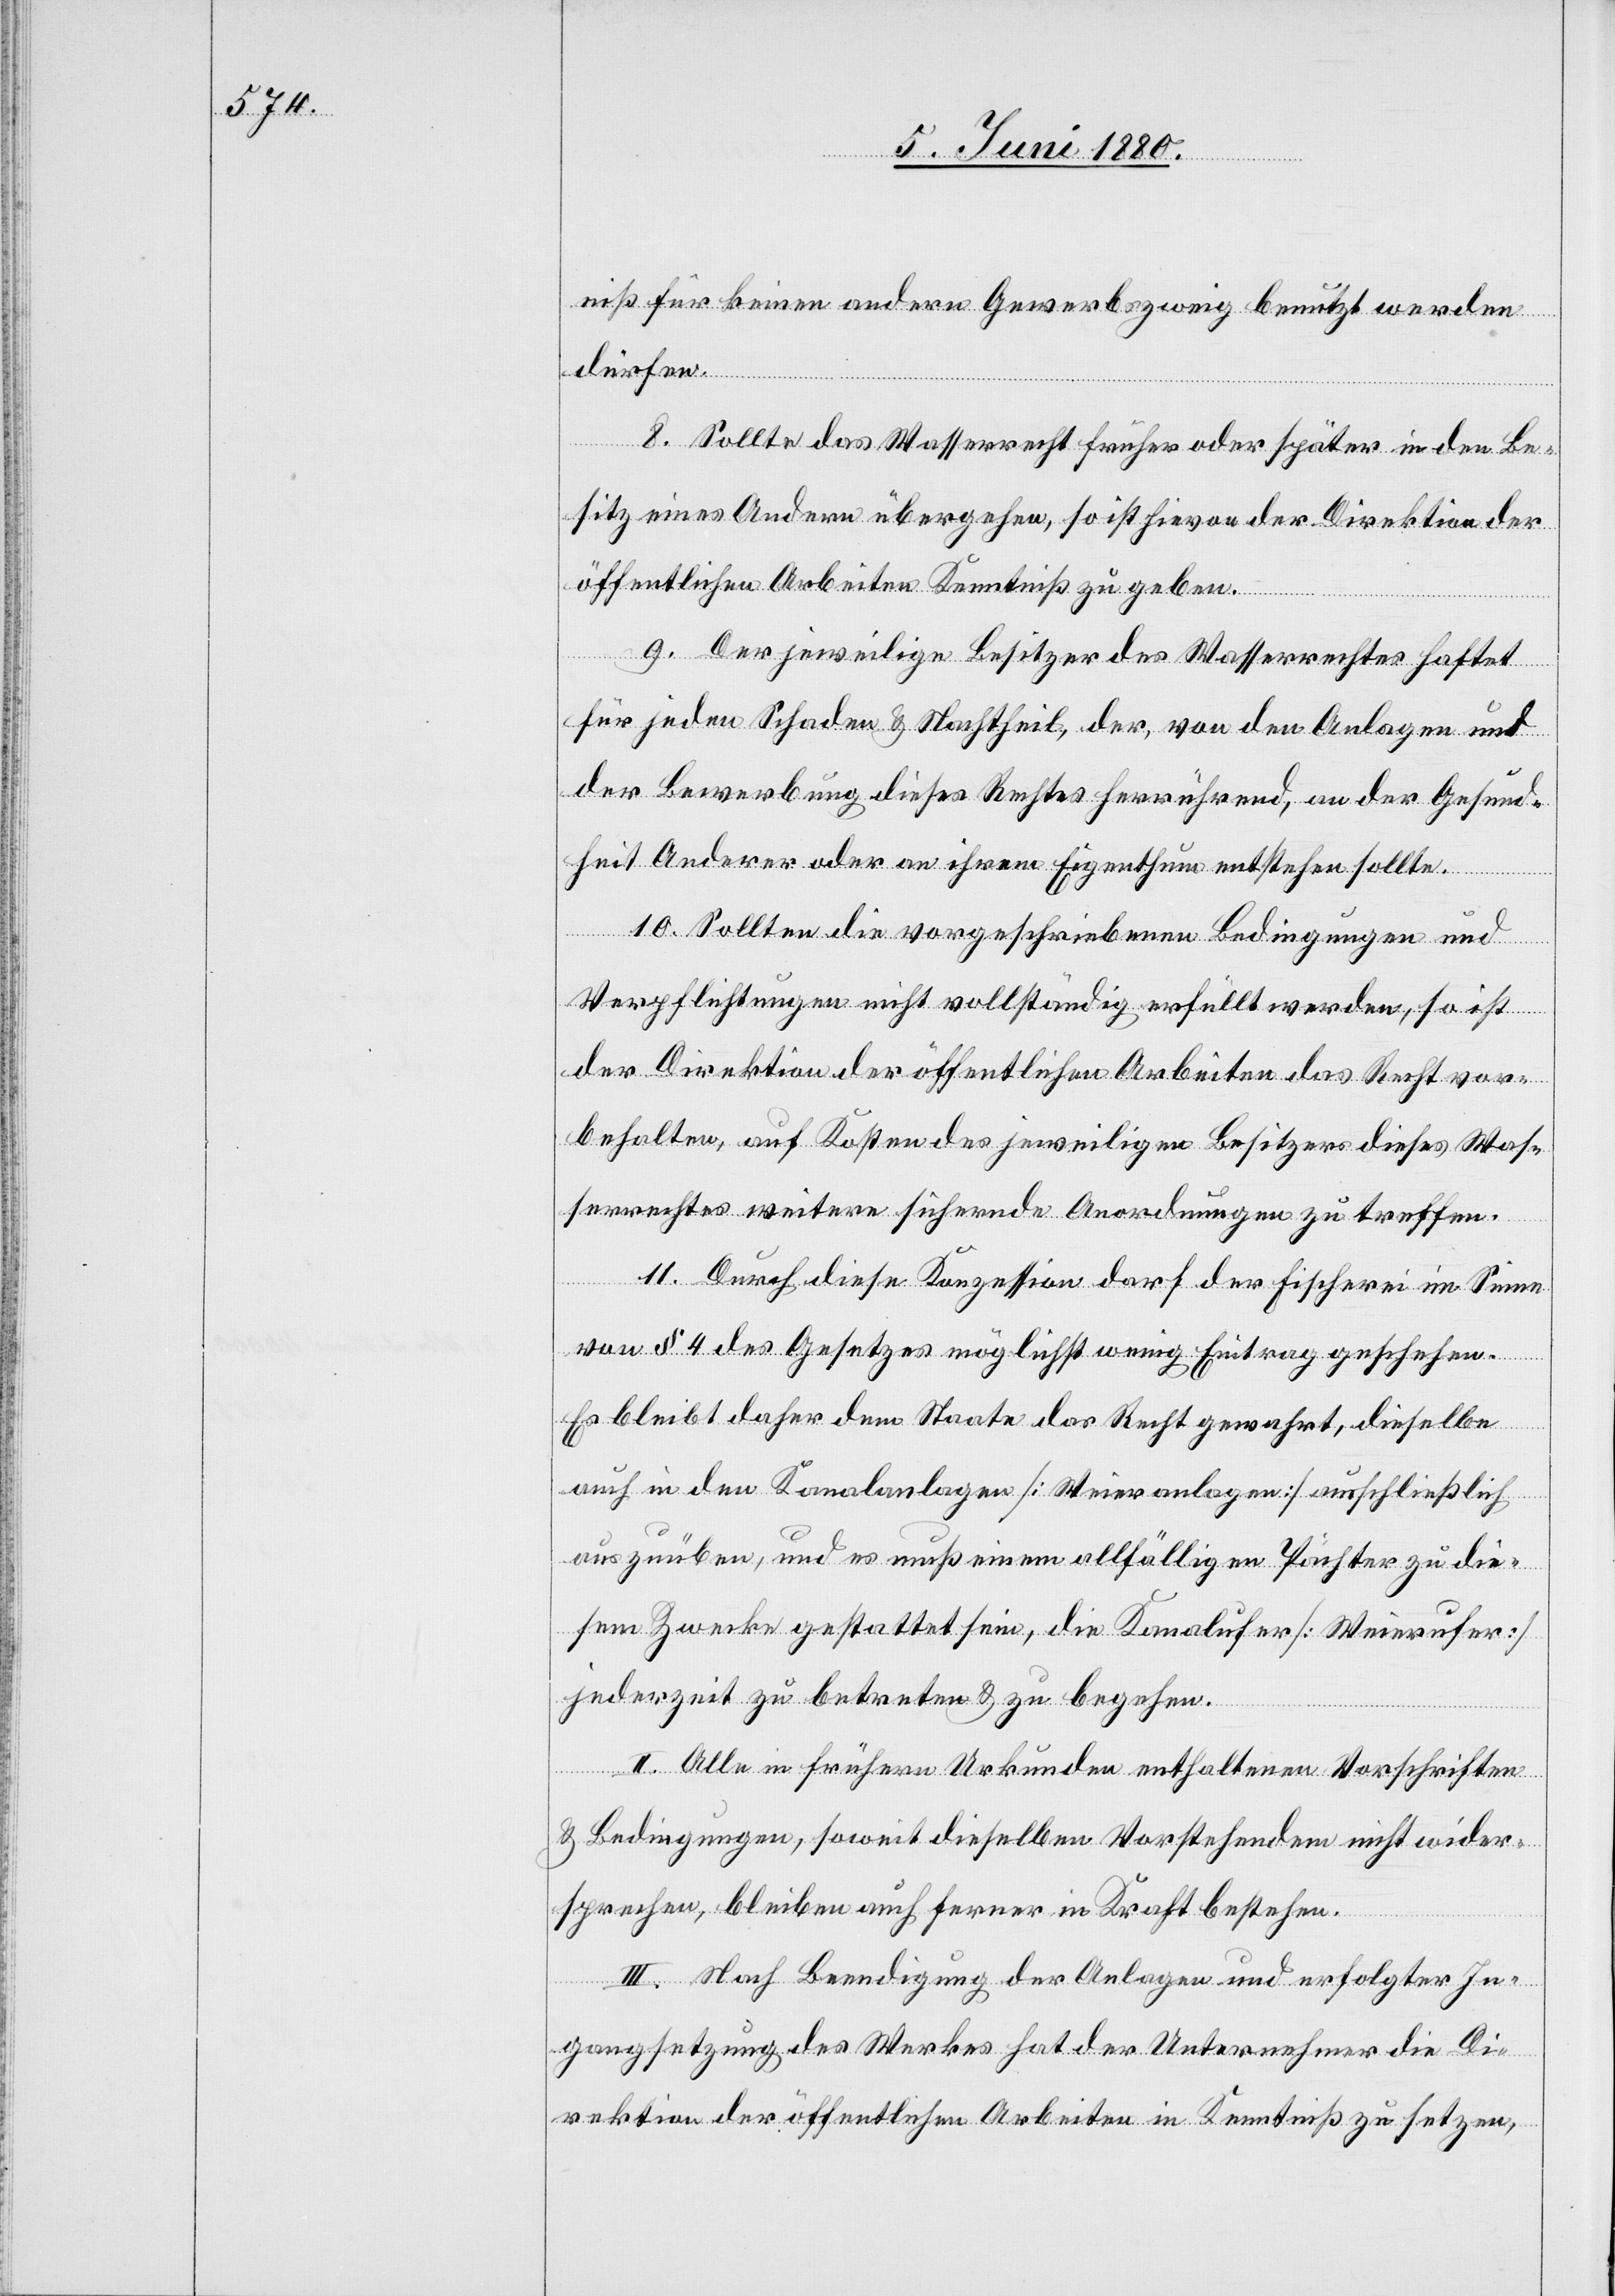
niß für keinen andern Gewerbszweig benutzt werden
dürfen.
8. Sollte das Wasserrecht früher oder später in den Be¬
sitz eines Andern übergehen, so ist hievon der Direktion der
öffentlichen Arbeiten Kenntniß zu geben.
9. Der jeweilige Besitzer des Wasserrechtes haftet
für jeden Schaden & Nachtheil, der, von den Anlagen und
der Bewerbung dieses Rechtes herrührend, an der Gesund¬
heit Anderer oder an ihrem Eigenthum entstehen sollte.
10. Sollten die vorgeschriebenen Bedingungen und
Verpflichtungen nicht vollständig erfüllt werden, so ist
der Direktion der öffentlichen Arbeiten das Recht vor¬
behalten, auf Kosten des jeweiligen Besitzers dieses Was¬
serrechtes weitere sichernde Anordnungen zu treffen.
11. Durch diese Konzession darf der Fischerei im Sinne
von § 4 des Gesetzes möglichst wenig Eintrag geschehen.
Es bleibt daher dem Staate das Recht gewahrt, dieselbe
auch in den Kanalanlagen [Weieranlagen] ausschließlich
auszuüben, und es muß einem allfälligen Pächter zu die¬
sem Zwecke gestattet sein, die Kanalufer [Weierufer]
jederzeit zu betreten & zu begehen.
II. Alle in frühern Urkunden enthaltenen Vorschriften
& Bedingungen, soweit dieselben Vorstehendem nicht wider¬
sprechen, bleiben auch ferner in Kraft bestehen.
III. Nach Beendigung der Anlagen und erfolgter In¬
gangsetzung des Werkes hat der Unternehmer die Di¬
rektion der öffentlichen Arbeiten in Kenntniß zu setzen,